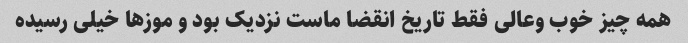
همه چیز خوب وعالی فقط تاریخ انقضا ماست نزدیک بود و موزها خیلی رسیده